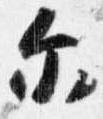
示